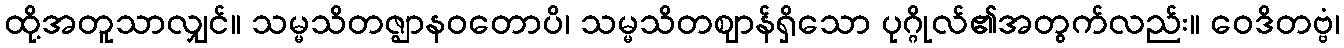
ထို့အတူသာလျှင်။ သမ္မသိတဇ္ဈာနဝတောပိ၊ သမ္မသိတဈာန်ရှိသော ပုဂ္ဂိုလ်၏အတွက်လည်း။ ဝေဒိတဗ္ဗံ၊